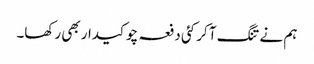
ہم نے تنگ آ کر کئی دفعہ چوکیدار بھی رکھا۔